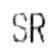
SR